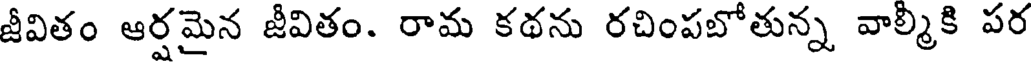
జీవితం ఆర్షమైన జీవితం. రామ కథను రచింపబోతున్న వాల్మీకి పర